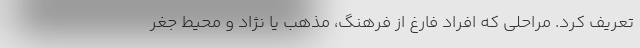
تعریف کرد. مراحلی که افراد فارغ از فرهنگ، مذهب یا نژاد و محیط جغر